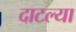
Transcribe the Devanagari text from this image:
दाटल्या